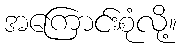
အကြောင်းစုံလို့။